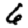
Digit: 6